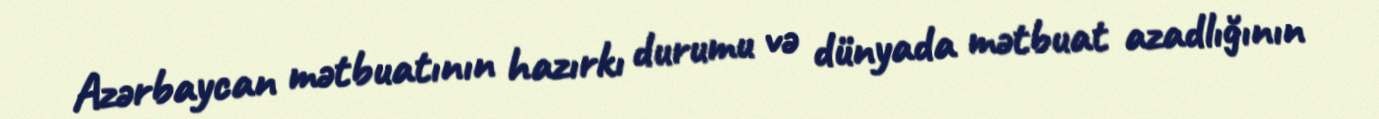
Azərbaycan mətbuatının hazırkı durumu və dünyada mətbuat azadlığının